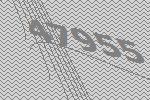
47955